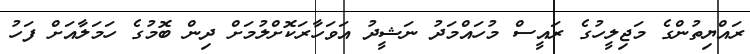
ރައްޔިތުންގެ މަޖިލީހުގެ ރައީސް މުހައްމަދު ނަޝީދު އަވަހާރަކޮށްލުމަށް ދިން ބޮމުގެ ހަމަލާއަށް ފަހު